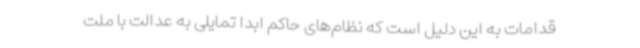
قدامات به این دلیل است که نظام‌های حاکم ابدا تمایلی به عدالت با ملت